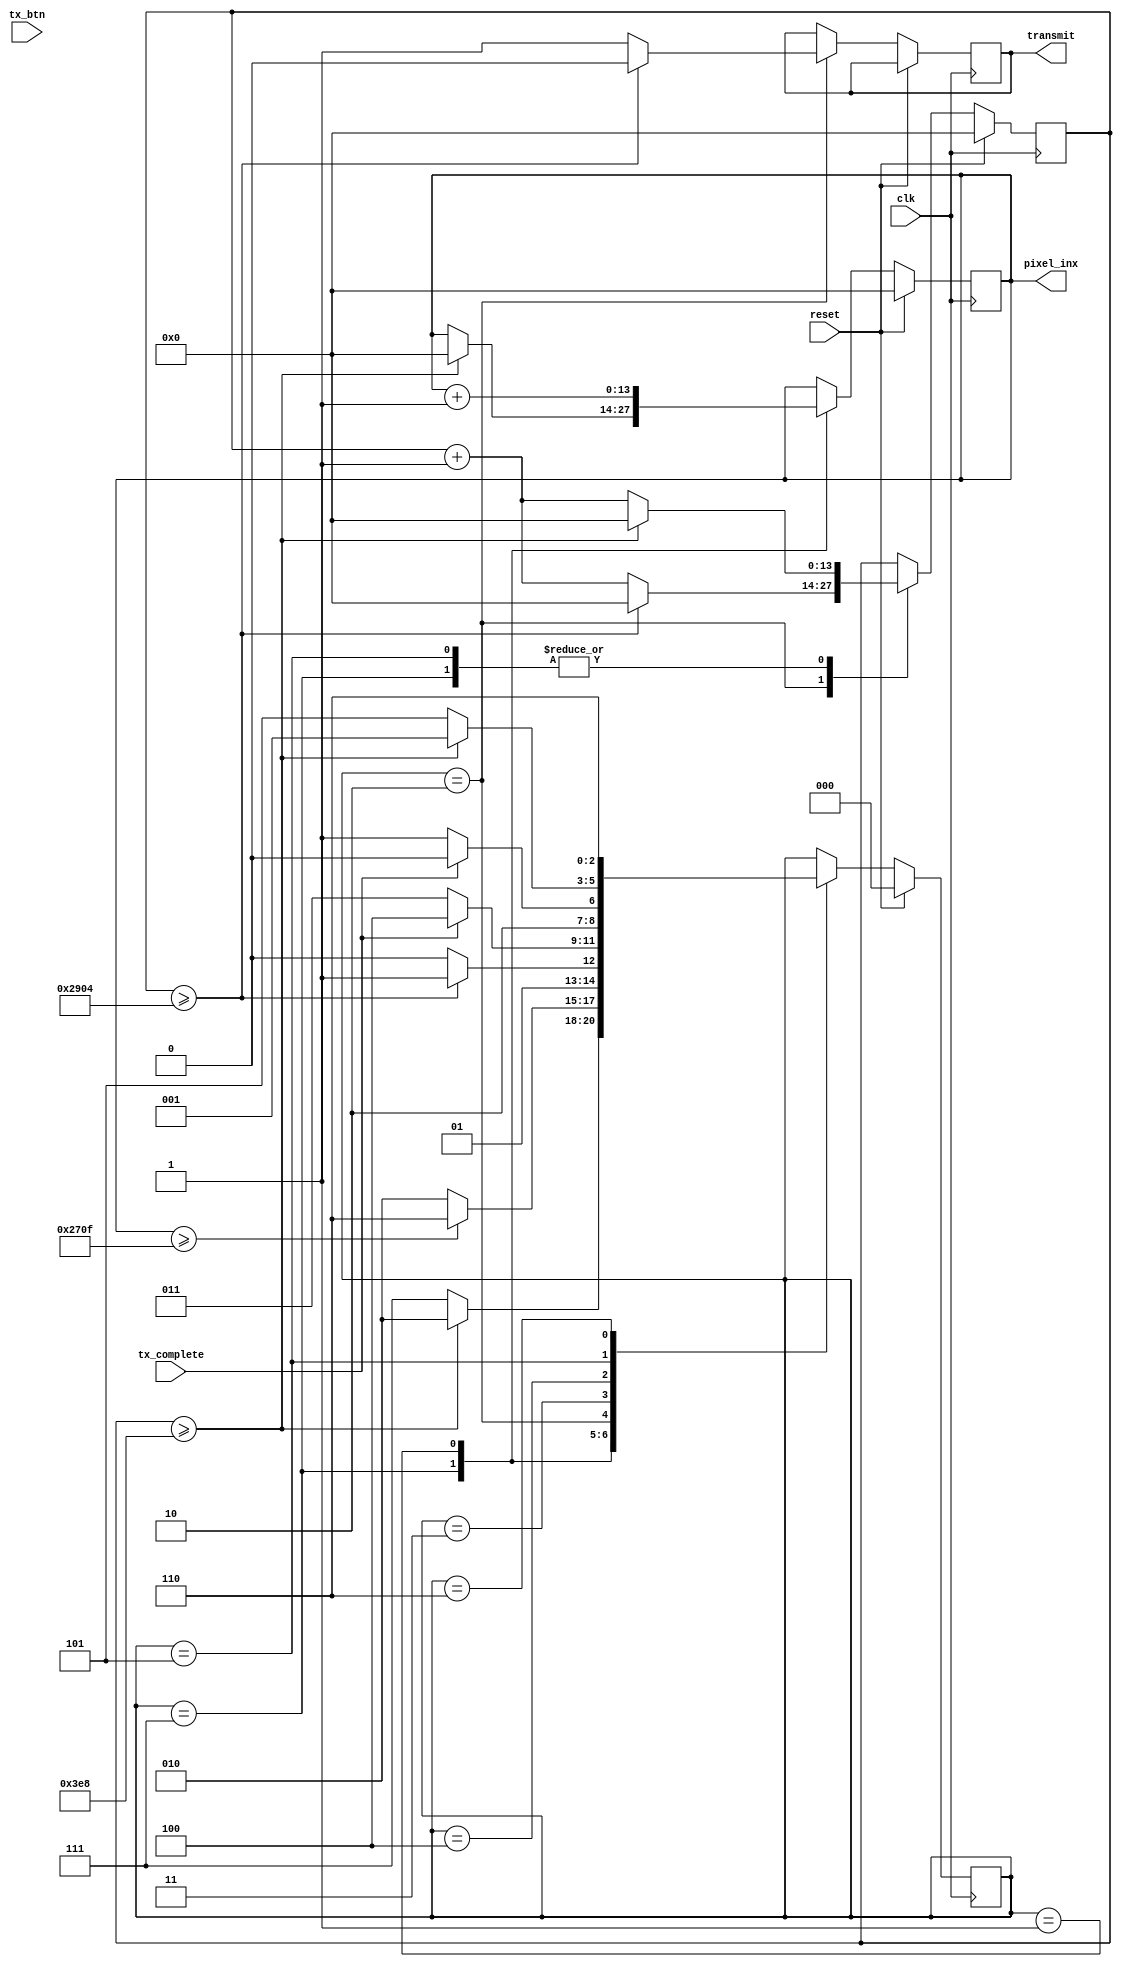
`timescale 1ns / 1ps

module send_img(
    input clk,
    input reset,
    input tx_btn,
    input tx_complete,
    output reg [13:0] pixel_inx,
    output reg transmit // triggers the transmitter to transmit 
    );
    
    reg tx_btn_pressed = 0;
    reg [13:0] clk_count = 0;
    reg [2:0] sender_state = 0; // 000: idle; 001: next byte tx start; 010: pull high transmit signal; 011: waiting for tx_complete; 
                                //100: tx_complete signal pulled high; 101: tx_complete signal pulled low; 110: last pixel transmitted;
    
    always @(posedge clk)
    begin
        if (reset) begin
            pixel_inx <= 0;
            tx_btn_pressed <= 0;
            sender_state <= 0;
            clk_count <= 0;
        end 
        else begin
            if (tx_btn && ~tx_btn_pressed) begin // tx_btn pressed
                sender_state <= 3'b111;
                tx_btn_pressed <= 1;
            end
            case (sender_state)
                3'b111 : begin
                    clk_count <= clk_count + 1;
                    if (clk_count >= 1000) begin // put some delay 
                        clk_count <= 0;
                        pixel_inx <= 0;
                        sender_state <= 3'b010; // start tx first byte 
                    end
                    else begin 
                        sender_state <= 3'b111;
                    end
                    end
                3'b001 : begin // state: next byte tx start 
                    pixel_inx <= pixel_inx + 1'b1;
                    if (pixel_inx >= 9999) begin
                        sender_state <= 3'b110; // last pixel transmitted
                    end
                    else begin
                        sender_state <= 3'b010; // go pull high transmit signal
                    end
                    end
                3'b010 : begin
                    clk_count <= clk_count + 1;
                    if (clk_count >= 10500) begin
                        transmit <= 0;
                        clk_count <= 0;
                        sender_state <= 3'b011; // go wait for tx_complete signal 
                    end
                    else begin
                        transmit <= 1;
                        sender_state <= 3'b010;
                    end
                    end
                3'b011 : begin // state: waiting for tx_complete
                    if (tx_complete) begin
                        sender_state <= 3'b100; // go to next byte tx start 
                    end
                    else begin
                        sender_state <= 3'b011; // keep waiting for tx_complete
                    end
                    end
                3'b100 : begin // waiting for tx_complete signal to go low 
                    if (tx_complete) begin
                        sender_state <= 3'b100; // keep waiting tx_complete to go low
                    end
                    else begin
                        sender_state <= 3'b101; // go get some delay before tx next byte
                    end
                    end
                3'b101 : begin // delay some time to start next byte tx
                    clk_count <= clk_count + 1;
                    if (clk_count >= 1000) begin // put some delay 
                        clk_count <= 0;
                        sender_state <= 3'b001; // start tx next byte 
                    end
                    else begin 
                        sender_state <= 3'b101;
                    end
                    end
                3'b110 : begin // state: last pixel transmitted
                    sender_state = 3'b110; // endless loop
                    end
                default : ;
            endcase
        end
    end

endmodule